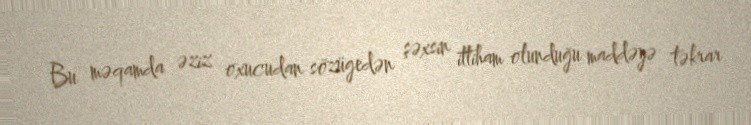
Bu məqamda əziz oxucudan sözügedən şəxsin ittiham olunduğu maddəyə təkrar